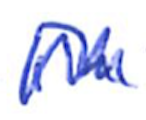
Text: in
Cross-out: mix
Writing tool: ballpoint